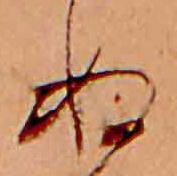
ぬ